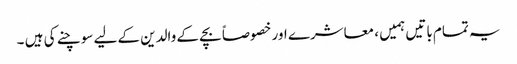
یہ تمام باتیں ہمیں ، معاشرے اور خصوصاً بچے کے والدین کے لیے سوچنے کی ہیں ۔